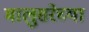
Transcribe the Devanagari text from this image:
मालुसरेच्या